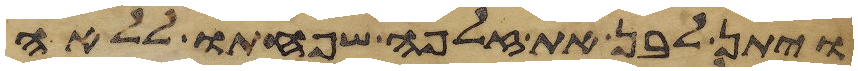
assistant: ויתן לבן את זלפה שפחתו ללאה